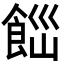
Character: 𩛋